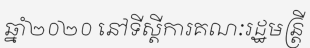
ឆ្នាំ២០២០ នៅទីស្តីការគណៈរដ្ឋមន្ត្រី